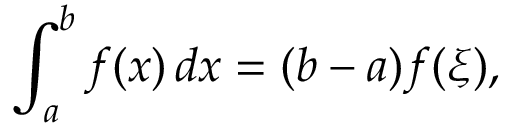
\int _ { a } ^ { b } f ( x ) \, d x = ( b - a ) f ( \xi ) ,